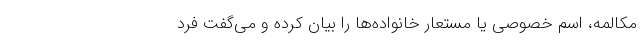
مکالمه، اسم خصوصی یا مستعار خانواده‌ها را بیان کرده و می‌گفت فرد